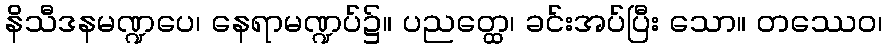
နိသီဒနမဏ္ဍပေ၊ နေရာမဏ္ဍပ်၌။ ပညတ္ထေ၊ ခင်းအပ်ပြီး သော။ တဿေဝ၊